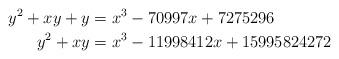
LaTeX: \begin{align*} y^2 + xy + y & = x^3 - 70997x + 7275296 \\ y^2 + xy & = x^3 - 11998412x + 15995824272\end{align*}